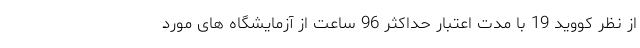
از نظر کووید 19 با مدت اعتبار حداکثر 96 ساعت از آزمایشگاه های مورد